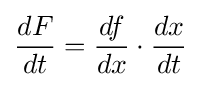
{\frac {dF}{dt}}={\frac {df}{dx}}\cdot {\frac {dx}{dt}}